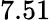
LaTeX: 7.51